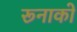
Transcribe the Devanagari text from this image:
रूनाको